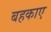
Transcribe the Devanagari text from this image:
बहकाए